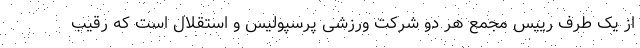
از یک طرف رییس مجمع هر دو شرکت ورزشی پرسپولیس و استقلال است که رقیب